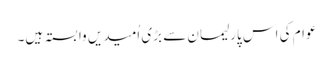
عوام کی اس پارلیمان سے بڑی اُمیدیں وابستہ ہیں۔